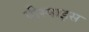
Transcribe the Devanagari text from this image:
पीस्पाइस